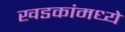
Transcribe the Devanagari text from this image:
खडकांंमध्ये